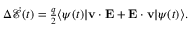
\begin{array} { r } { \Delta \dot { \mathcal { E } } ( t ) = \frac { q } { 2 } \langle \psi ( t ) | { \bf v } \cdot { \bf E } + { \bf E } \cdot { \bf v } | \psi ( t ) \rangle . } \end{array}